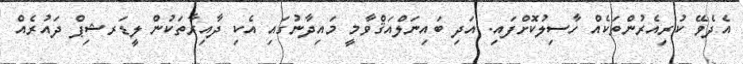
އެދެވޭ ކުރިއެރުންތަކެއް ހާސިލުކޮށްފައި. އަދި ބައިނަލްއަޤްވާމީ މައިދާނުގައި އެކި ދާއިރާތަކުން ލީޑަރޝިޕް ދައުރެއް